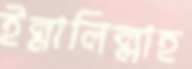
ইন্নালিল্লাহ